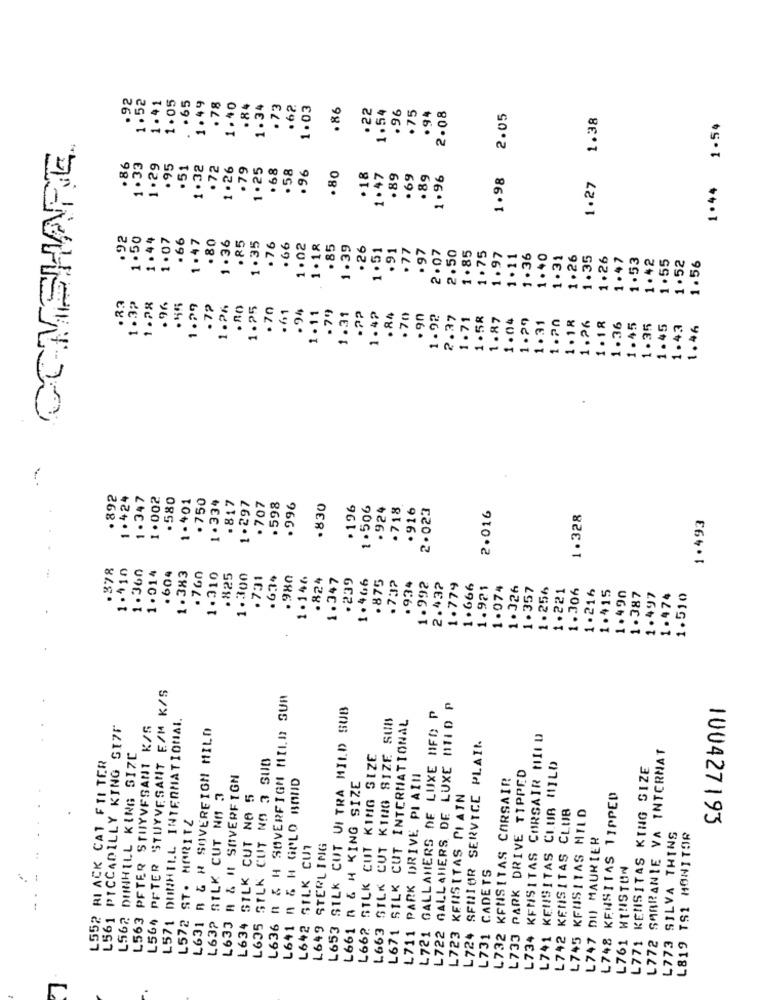
1.52
1.41
1.05
.65
1.49
.78
1.40
.84
1.34
.73
.62
1.03
.86
.96
. 75
.22
1.54
.94
2.08
2.05
1.38
1.44 1-54
.86
1.33
1.29
.95
.51
1.32
.72
1.26
.79
1 .25
. 68
.58
.96
80
.18
1.47
.89
.69
.89
1.96
1.98
1.27
.92
1.50
1.44
1.07
.66
1.47
.80
1.36
. 85
1.35
.76
. 66
1.02
1 . 18
.85
1.39
.26
1.51
.91
77
1.85
1.75
. 97
2 .07
2.50
1.97
1.11
1 .36
1.40
1.31
1.26
1.35
1.26
1.47
1.53
1.42
1.55
1.52
1.56
1.3₽
.23
1.28
.96
55
1.29
. 72
1.26
1.25
.70
. 94
. 79
1.11
1.31
1.42
. 84
.70
. 90
1.92
2.37
1.71
1.58
1.87
1.04
1.29
1.31
1.20
1.18
1.26
1.18
1.45
1.36
1.35
1.45
1.43
1.46
.892
1 .424
1 . 347
1.002
. 580
1.401
. 750
1. 334
.817
1.297
. 707
.598
.996
.830
.196
1.506
. 924
· 718
. 916
2.023
2.016
1.328
1.493
.878
1.110
1.360
1.014
. 604
1.383
.760
1.310
.825
1.300
.731
.634
.980
1 .146
. 824
1.347
.239
1.466
.875
.732
. 934
1.992
2.432
1.779
1.666
1.921
1.074
1.326
1.357
1.256
1.221
1.306
1.216
1.415
1.490
1.387
1.497
1.474
1.510
L564 PETER STUYVESANT E/M K/S
L636 R & H SOVEREIGN MILD SUA
L653 SILK CUT UI TRA MILD SUB
L722 GALL AHERS DE LUXE DIID P
L571 DUNHILL INTERNATIONAL
SILK CUT KING SIZE SUB
SILK CUT INTERNATIONAL
L721 GALLAMERS DE LUXE HFD P
L561 PICCADILLY KING SIZE
L563 PFTER STUYVESANT K/S
L631 B & # SOVEREIGN MILD
L734 KENSITAS CORSAIR MILD
L724 SENIOR SERVICE PLAIN
L772 SABRANIE VA INTERNAT
L552 BI ACK CAT FTI TER
L562 DUNHILL KING SIZE
L635 SILK CUT NO 3 SUB
L662 SILK CUT KING SIZE
L733 PARK DRIVE TIPPED
L741 KENSITAS CLUB MILD
L771 KENSITAS KING SIZE
L633 A & #1 SOVERF IGN
L641 n & H GULO BAND
PARK DRIVE PLAIN
KENSITAS CORSAIR
L661 A & H KING SIZE
L632 SILK CUT NA 3
L634 SILK CUT NO 5
L723 KENSITAS PIAIN
L748 KENSITAS TIPPED
L742 KENSITAS CLUB
L745 KEUSITAS MILD
L572 ST. MORITZ
100427193
L747 DU MAURIER
L773 SILVA THINS
L819 TS1 MONITOR
L642 SILK CUT
STERLING
CADETS
L761 HTHISTUN
-.
L649
L663
L671
L711
L731
L732